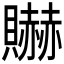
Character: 𰷘